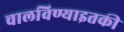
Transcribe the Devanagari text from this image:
चालविण्याइतकी